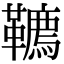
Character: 韀